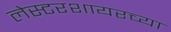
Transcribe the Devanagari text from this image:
लेस्टरशायरच्या